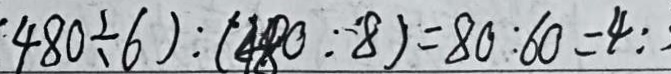
4 8 0 \div 6 ) : ( 4 8 0 : 8 ) = 8 0 : 6 0 = 4 :